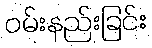
ဝမ်းနည်းခြင်း